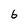
Character: 6